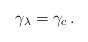
\begin{align*}\gamma_\lambda = \gamma_c\,. \end{align*}